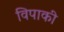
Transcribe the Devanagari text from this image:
विपाकी